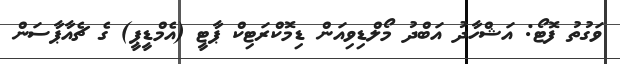
ވަގުތު ފޮޓޯ: އަޝްހާދު އަބްދު މޯލްޑިވިއަން ޑިމޮކްރަޓިކް ޕާޓީ (އެމްޑީޕީ) ގެ ޗެއާޕާސަން